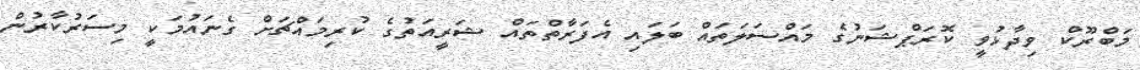
މަބްރޫކް ވިދާޅުވީ ކޮރަޕްޝަނުގެ މައްސަލަތައް ބަލައި އެފަރާތްތައް ޝަރީއަތުގެ ކުރިމައްޗަށް ގެނައުމަކީ މިސަރުކާރުން